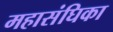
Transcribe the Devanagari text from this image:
महासंघिका